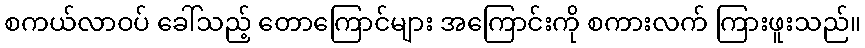
စကယ်လာဝပ် ခေါ်သည့် တောကြောင်များ အကြောင်းကို စကားလက် ကြားဖူးသည်။